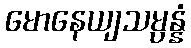
မောနေယျသမ္ပန္နံ